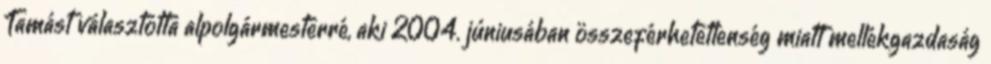
Tamást választotta alpolgármesterré, aki 2004. júniusában összeférhetetlenség miatt mellékgazdaság